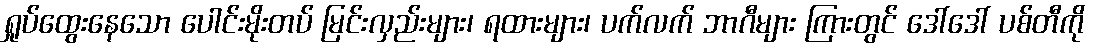
ရှုပ်ထွေးနေသော ပေါင်းမိုးတပ် မြင်းလှည်းများ၊ ရထားများ၊ ပက်လက် ဘာဂီများ ကြားတွင် ဒေါ်ဒေါ် ပစ်တီကို